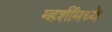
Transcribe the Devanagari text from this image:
म्हशींमध्ये